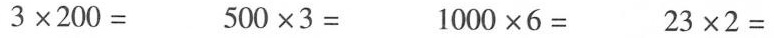
$$3 \times 2 0 0 =$$ $$5 0 0 \times 3 =$$ $$1 0 0 0 \times 6 =$$ $$2 3 \times 2 =$$